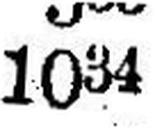
1034